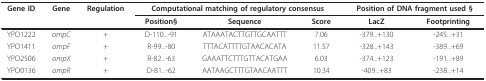
<table><thead><tr><td><b>Gene ID</b></td><td><b>Gene</b></td><td><b>Regulation</b></td><td colspan="3"><b>Computational matching of regulatory consensus</b></td><td colspan="2"><b>Position of DNA fragment used §</b></td></tr><tr><td></td><td></td><td></td><td><b>Position§</b></td><td><b>Sequence</b></td><td><b>Score</b></td><td><b>LacZ</b></td><td><b>Footprinting</b></td></tr></thead><tbody><tr><td>YPO1222</td><td><i>ompC</i></td><td>+</td><td>D-110...-91</td><td>ATAAATACTTGTTGCAATTT</td><td>7.06</td><td>-379...+130</td><td>-245...+31</td></tr><tr><td>YPO1411</td><td><i>ompF</i></td><td>+</td><td>R-99...-80</td><td>TTTACATTTTGTAACACATA</td><td>11.57</td><td>-328...+143</td><td>-389...+69</td></tr><tr><td>YPO2506</td><td><i>ompX</i></td><td>+</td><td>R-82...-63</td><td>GAAATTCTTTGTTACATGAA</td><td>6.03</td><td>-374...+123</td><td>-191...+89</td></tr><tr><td>YPO0136</td><td><i>ompR</i></td><td>+</td><td>D-81...-62</td><td>AATAAGCTTTGTAACAATTT</td><td>10.34</td><td>-409...+83</td><td>-238...+14</td></tr></tbody></table>